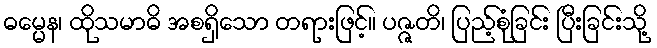
ဓမ္မေန၊ ထိုသမာဓိ အစရှိသော တရားဖြင့်။ ပဇ္ဇတိ၊ ပြည့်စုံခြင်း ပြီးခြင်းသို့